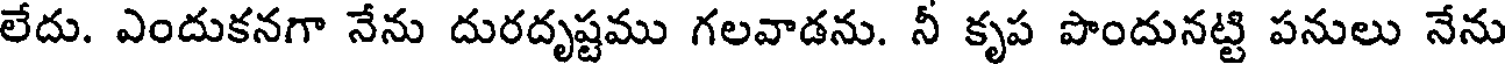
లేదు. ఎందుకనగా నేను దురదృష్టము గలవాడను. నీ కృప పొందునట్టి పనులు నేను